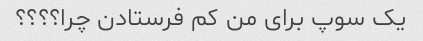
یک سوپ برای من کم فرستادن چرا؟؟؟؟